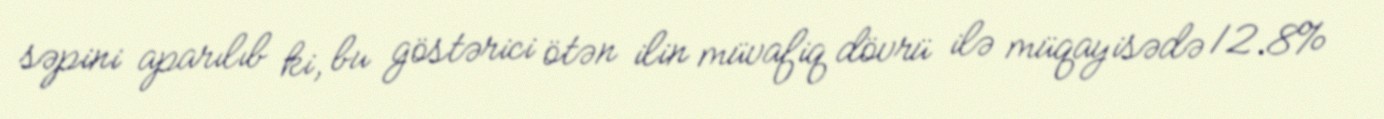
səpini aparılıb ki, bu göstərici ötən ilin müvafiq dövrü ilə müqayisədə 12.8%